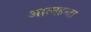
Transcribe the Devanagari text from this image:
आत्महन्ता